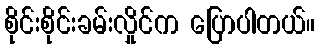
စိုင်းစိုင်းခမ်းလှိုင်က ပြောပါတယ်။